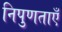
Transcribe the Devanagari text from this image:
निपुणताएँ